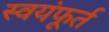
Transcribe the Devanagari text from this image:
स्वयंफूर्त